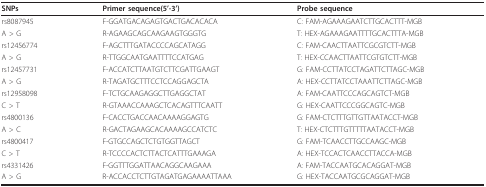
<table><thead><tr><td><b>SNPs</b></td><td><b>Primer sequence(5&#x27;-3&#x27;)</b></td><td><b>Probe sequence</b></td></tr></thead><tbody><tr><td>rs8087945</td><td>F-GGATGACAGAGTGACTGACACACA</td><td>C: FAM-AGAAAGAATCTTGCACTTT-MGB</td></tr><tr><td>A &gt; G</td><td>R-AGAAGCAGCAAGAAGTGGGTG</td><td>T: HEX-AGAAAGAATTTTGCACTTTA-MGB</td></tr><tr><td>rs12456774</td><td>F-AGCTTTGATACCCCAGCATAGG</td><td>C: FAM-CAACTTAATTCGCGTCTT-MGB</td></tr><tr><td>A &gt; G</td><td>R-TTGGCAATGAATTTTCCATGAG</td><td>T: HEX-CCAACTTAATTCGTGTCTT-MGB</td></tr><tr><td>rs12457731</td><td>F-ACCATCTTAATGTCTTCGATTGAAGT</td><td>G: FAM-CCTTATCCTAGATTCTTAGC-MGB</td></tr><tr><td>A &gt; G</td><td>R-TAGATGCTTTCCTCCAGGAGCTA</td><td>A: HEX-CCTTATCCTAAATTCTTAGC-MGB</td></tr><tr><td>rs12958098</td><td>F-TCTGCAAGAGGCTTGAGGCTAT</td><td>A: FAM-CAATTCCCAGCAGTCT-MGB</td></tr><tr><td>C &gt; T</td><td>R-GTAAACCAAAGCTCACAGTTTCAATT</td><td>G: HEX-CAATTCCCGGCAGTC-MGB</td></tr><tr><td>rs4800136</td><td>F-CACCTGACCAACAAAAGGAGTG</td><td>G: FAM-CTCTTTGTTGTTAATACCT-MGB</td></tr><tr><td>A &gt; C</td><td>R-GACTAGAAGCACAAAAGCCATCTC</td><td>T: HEX-CTCTTTGTTTTTAATACCT-MGB</td></tr><tr><td>rs4800417</td><td>F-GTGCCAGCTCTGTGGTTAGCT</td><td>G: FAM-TCAACCTTGCCAAGC-MGB</td></tr><tr><td>C &gt; T</td><td>R-TCCCCACTCTTACTCATTTGAAAGA</td><td>A: HEX-TCCACTCAACCTTACCA-MGB</td></tr><tr><td>rs4331426</td><td>F-GGTTTGGATTAACAGGCAAGAAA</td><td>A: FAM-TACCAATGCACAGGAT-MGB</td></tr><tr><td>A &gt; G</td><td>R-ACCACCTCTTGTAGATGAGAAAATTAAA</td><td>G: HEX-TACCAATGCGCAGGAT-MGB</td></tr></tbody></table>